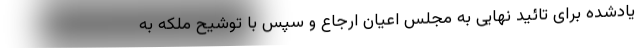
یادشده برای تائید نهایی به مجلس اعیان ارجاع و سپس با توشیح ملکه به